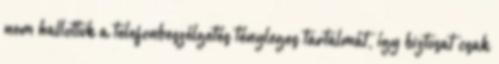
nem hallottuk a telefonbeszélgetés tényleges tartalmát, így biztosat csak